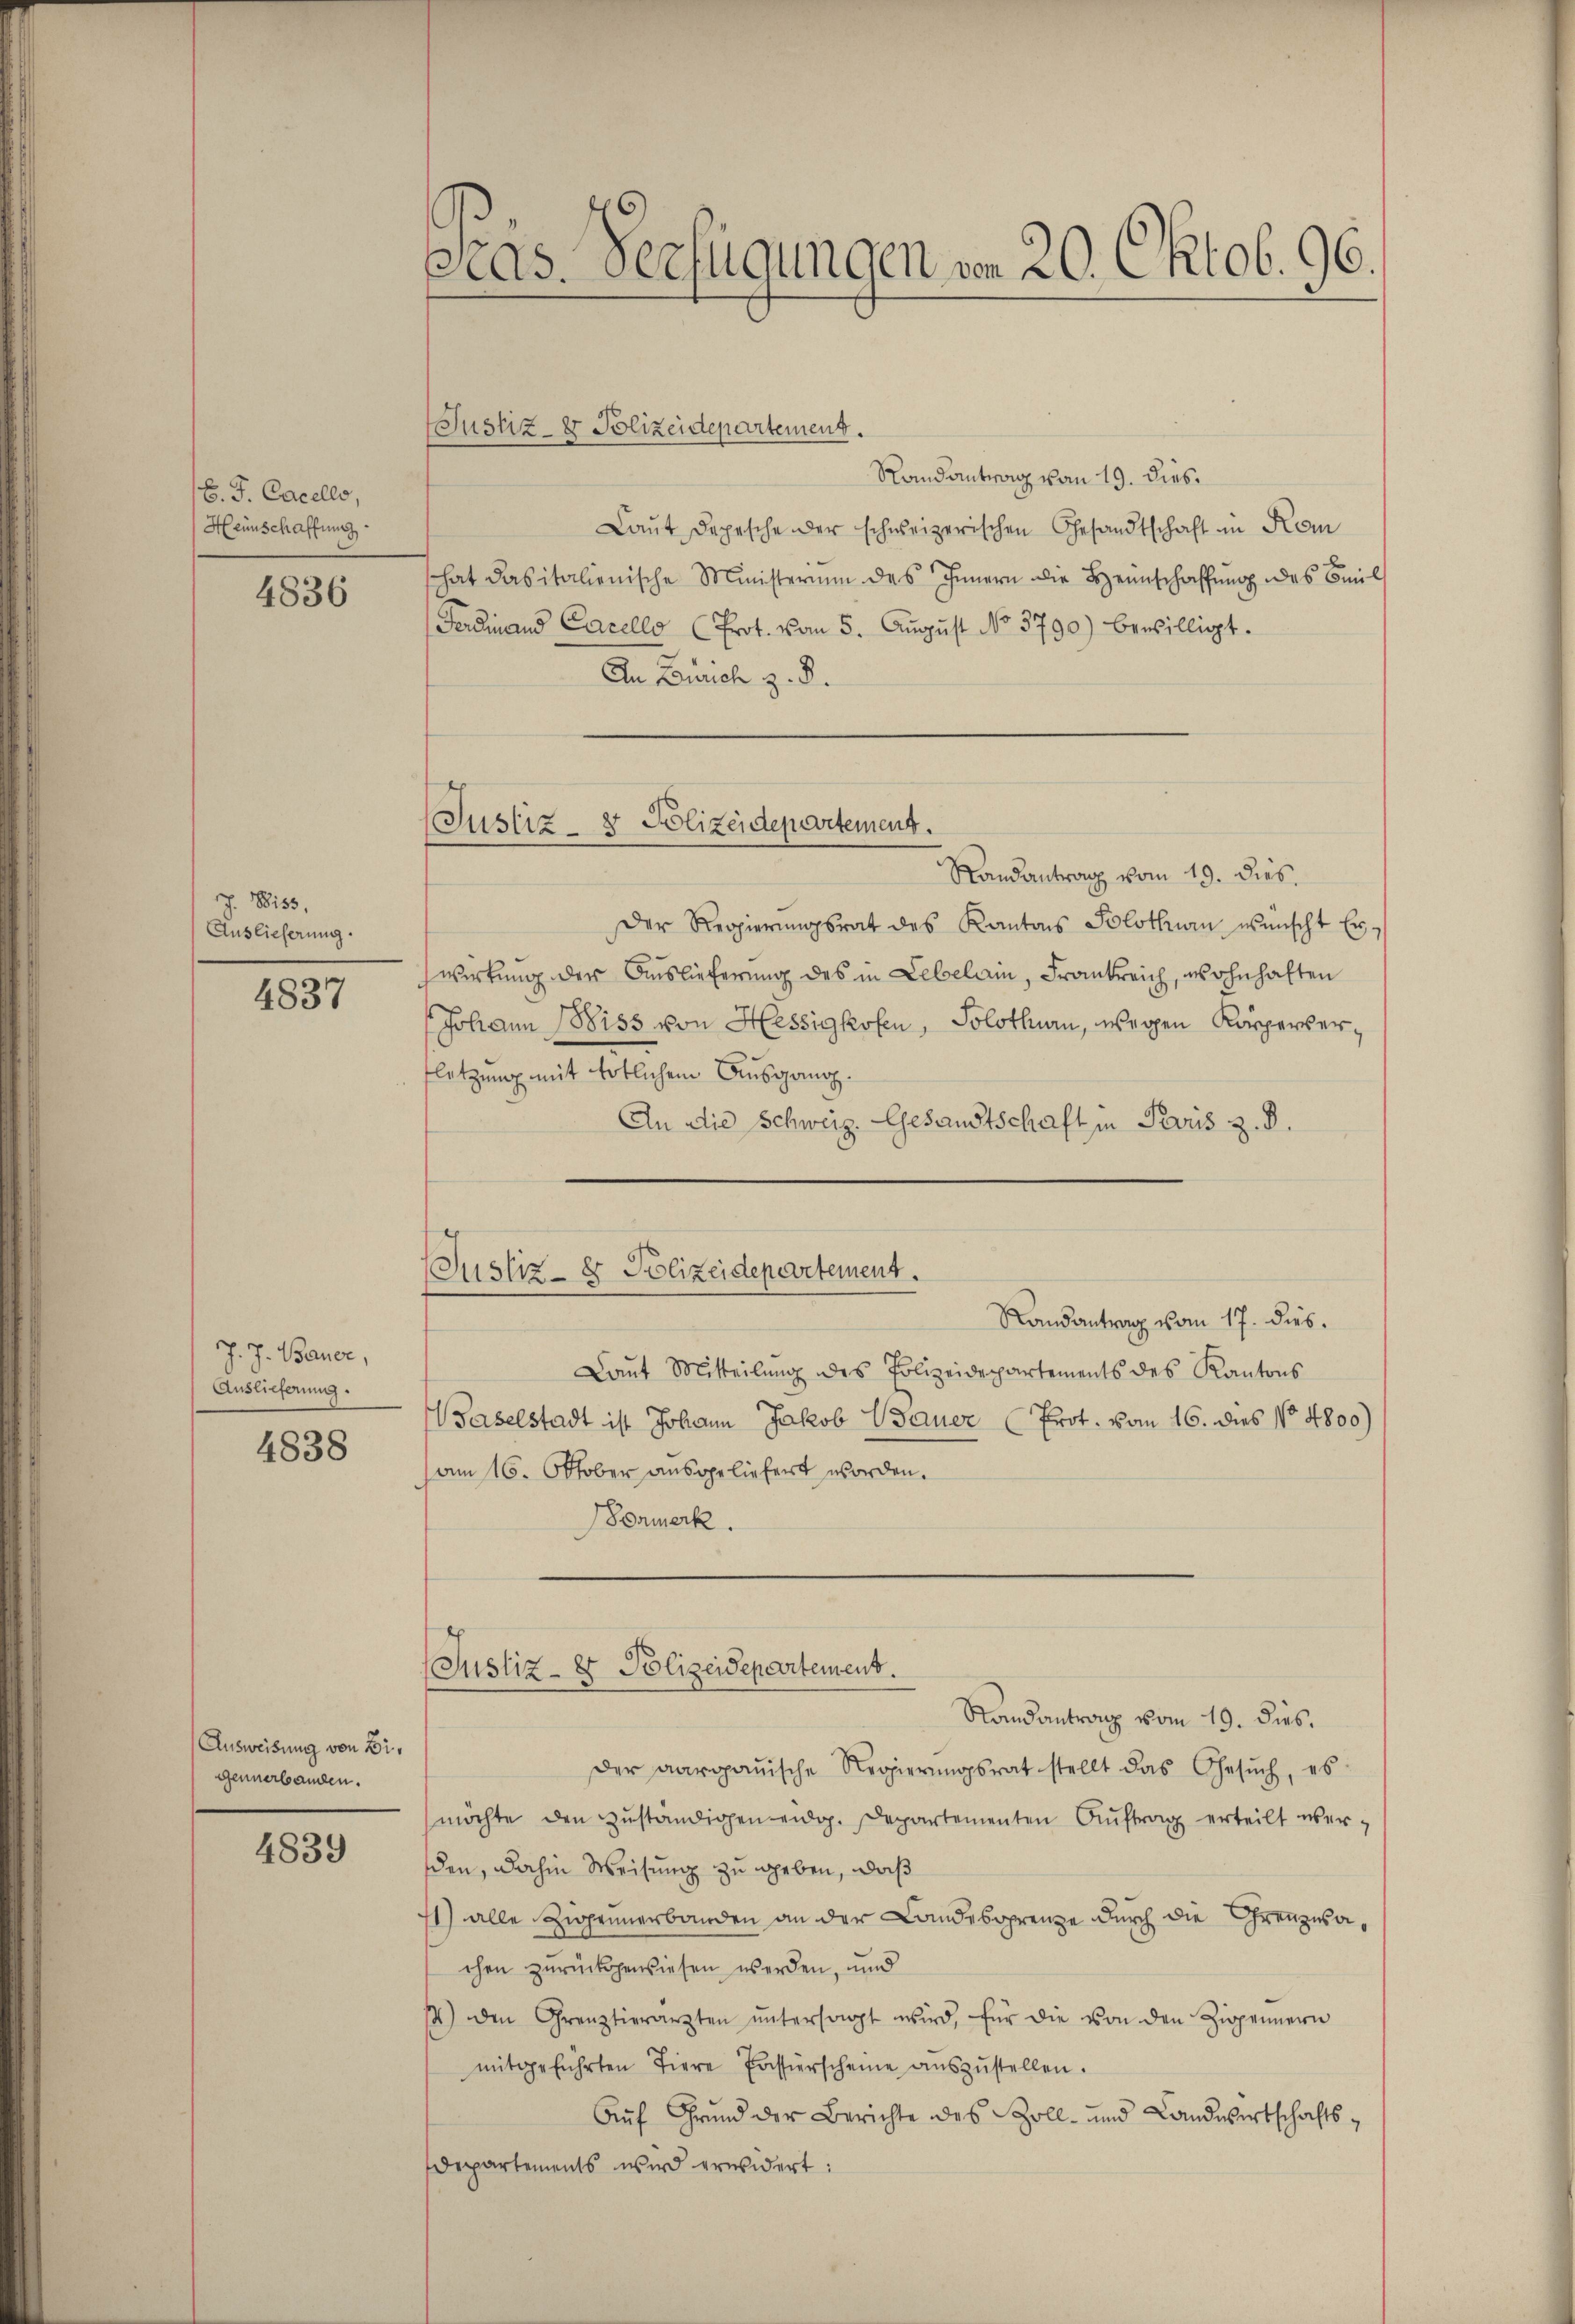
B. J. Cacelle,
Heinschaffung

4836

J. Biss,
Auslieferung.

4837

J. J. Bauer,
Auslieferung.

4838

Ausweisung von Bigennerbanden.

4839

Cas. Verfügungen von 20. Oktob. 96.

Justiz- & Polizeidepartement.

(Justiz- & Polizeidepartement.

Justiz- & Polizeidepartement.
Randantrag vom 17. dies.

Randantrag vom 19. dies.
Laut Depesche der schweizerischen Gesandtschaft in Kem
That das italienische Ministerium des Innern die Heinschaffung des Beil
Ferdinand Carello (Prot. vom 5. Aŭgŭst No. 3790) bewilligt.
An Zürich z. B.
Randantrag vom 19. dies
Der Regierŭngsrat des Kantons Solothur wünscht Erwirkung der Auslieferung des in Lebelain, Frankreich, wohnhaften
(Johann Wiss von Hessigkofen, Solothurn, wegen Körperverfletzung mit totlichem Ausgang.
An die Schweiz. Gesandtschaft in Paris z. B.
Laut Mitteilŭng des Polizeidepartements des Kantons
Baselstadt ist Johann Jakob Bauer (Prot. vom 16. dies No 4800)
am 16. Oktober ausgeliefert worden.
ormerk.
Justiz- & Polizeidepartement.
Randantranz vom 19. dies.
der aargauische Regierŭngsrat stellt das Gesŭch, es
möchte den zŭständigen eidg. Departementen Aŭftrag erteilt werden, dahin Weisung zu geben, daß
1) alle Zigeunerbanden an der Landesorenze durch die Grenzwachen zurückgewiesen werden, und
14) den Grenztierarzten ŭntersagt wird, für die von den Zippennern
mitgeführten Tiere Passierscheine aŭszŭstellen.
Auf Grund der Berichte des Zoll- und Landwirtschafts¬
Departements wird erwidert: